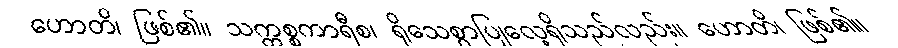
ဟောတိ၊ ဖြစ်၏။ သက္ကစ္စကာရီစ၊ ရိုသေစွာပြုလေ့ရှိသည်လည်း။ ဟောတိ၊ ဖြစ်၏။